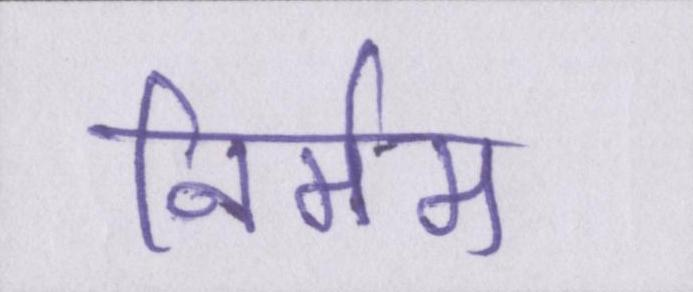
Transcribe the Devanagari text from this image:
निर्मम